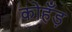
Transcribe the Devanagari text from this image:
कोहँड़